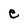
Character: e